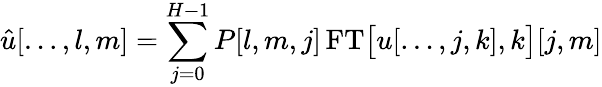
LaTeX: \hat{u}[\ldots,l,m]=\sum_{j=0}^{H-1}P[l,m,j]\, \mathrm{FT}\big[u[\ldots,j,k],k\big][j,m]